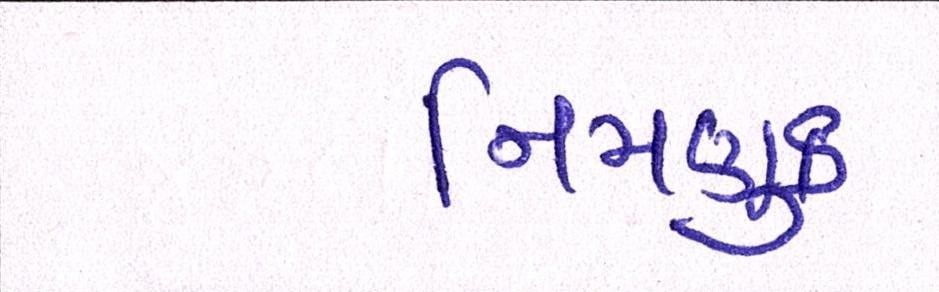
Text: નિમણુક